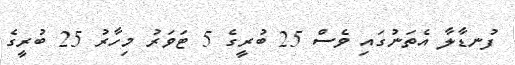
ފުނޑާލާ އެތަނުގައި ވެސް 25 ބުރީގެ 5 ޓަވަރު މިހާރު 25 ބުރީގެ